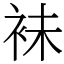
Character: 𧙕